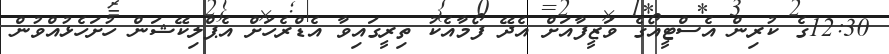
12:30ގެ ކުރިން އެސްޓީއޯގެ ވަޒީފާއަށް އެދޭ ފޯމާއެކު ތިރީގައިވާ އެޑްރެހަށް އެޕްލިކޭޝަން ހުށަހެޅުއްވުން